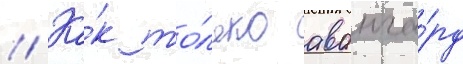
// Ка́к то́лько аванга́рд